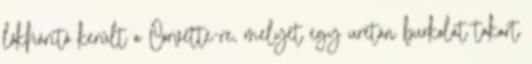
lökhárító került a Corvette-re, melyet egy uretán burkolat takart